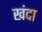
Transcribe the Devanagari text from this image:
खंदा